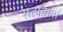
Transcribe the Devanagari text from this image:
सत्यवार्ता